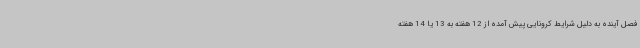
فصل آینده به دلیل شرایط کرونایی پیش آمده از 12 هفته به 13 یا 14 هفته